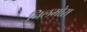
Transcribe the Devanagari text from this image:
निलमोरा